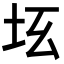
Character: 𡉬